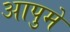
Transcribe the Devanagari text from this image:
आपुमे